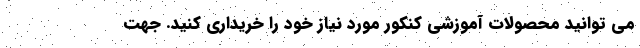
می توانید محصولات آموزشی کنکور مورد نیاز خود را خریداری کنید. جهت